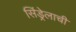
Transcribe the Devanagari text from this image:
सिंड्रेलाची